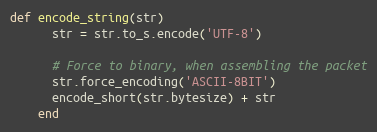
Language: Ruby
def encode_string(str)
      str = str.to_s.encode('UTF-8')

      # Force to binary, when assembling the packet
      str.force_encoding('ASCII-8BIT')
      encode_short(str.bytesize) + str
    end